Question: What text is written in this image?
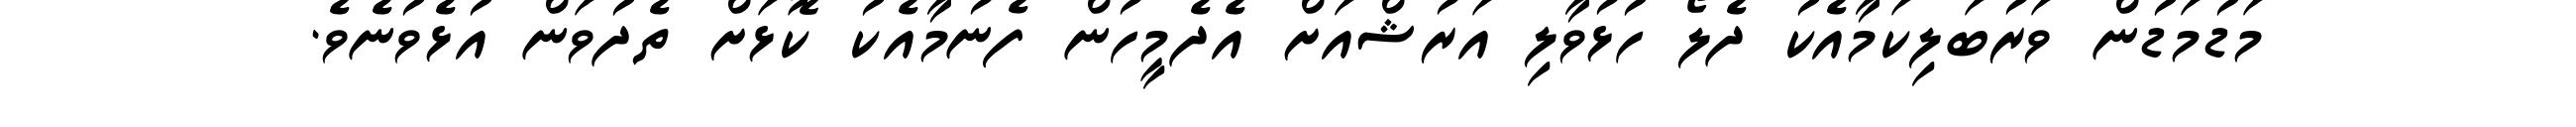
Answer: މަޑުމަޑުން ވަރުބަލިކަމާއެކު ދެލޯ ހުޅުވާލި އަރުޝްއަށް އެދެމީހުން ފެނުމާއެކު ކޮޅަށް ތެދުވަން އުޅެވުނެވެ.